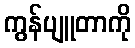
ကွန်ပျူတာကို